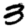
Digit: 3